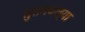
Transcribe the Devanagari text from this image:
सुरांमधल्या